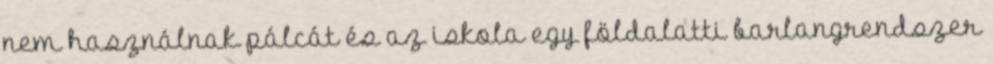
nem használnak pálcát és az iskola egy földalatti barlangrendszer